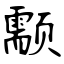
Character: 颥